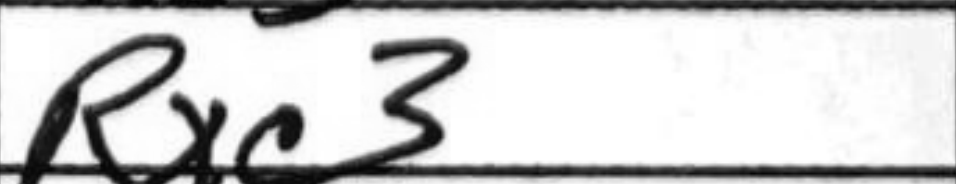
Transcription: Rxc3